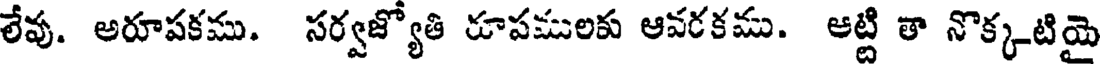
లేవు. అరూపకము. సర్వజ్యోతి రూపములకు ఆవరకము. ఆట్టి తా నొక్కటియై